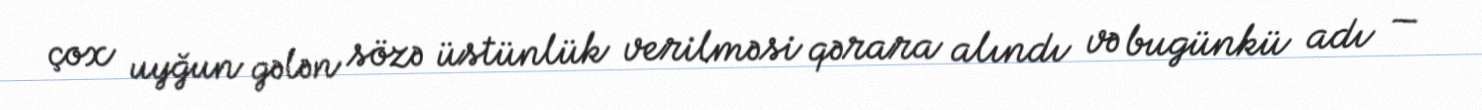
çox uyğun gələn sözə üstünlük verilməsi qərara alındı və bugünkü adı —